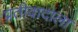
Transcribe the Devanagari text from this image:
प्रतीवादाला